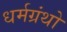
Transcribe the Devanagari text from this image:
धर्मग्रंथो